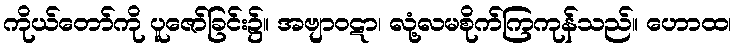
ကိုယ်တော်ကို ပူဇော်ခြင်း၌။ အဗျာဝဋာ၊ လုံ့လမစိုက်ကြကုန်သည်။ ဟောထ၊